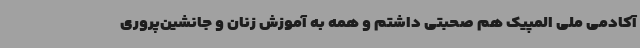
آکادمی ملی المپیک هم صحبتی داشتم و همه به آموزش زنان و جانشین‌پروری